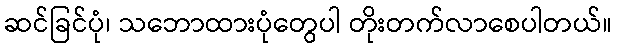
ဆင်ခြင်ပုံ၊ သဘောထားပုံတွေပါ တိုးတက်လာစေပါတယ်။